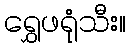
ရွှေဖရုံသီး။